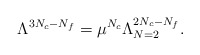
\begin{align*}\Lambda^{3N_{c}-N_{f}}=\mu^{N_{c}}\Lambda^{2N_{c}-N_{f}}_{N=2}.\end{align*}